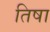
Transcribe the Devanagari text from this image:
तिषा